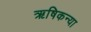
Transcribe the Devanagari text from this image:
ऋषिकन्या